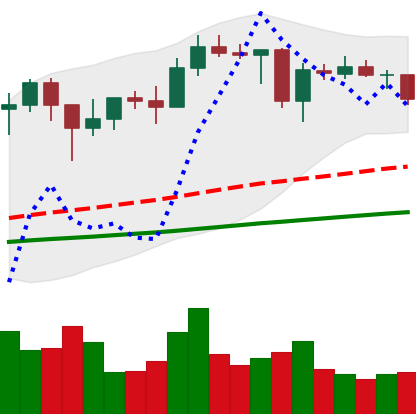
Ticker: ADA-USD
Chart end date: 2021-01-27
Forward return: 28.412%
Label: up_7plus